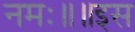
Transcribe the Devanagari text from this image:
नमः॥॥इस